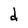
Character: d